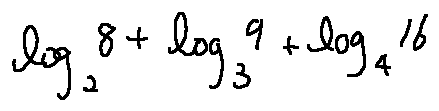
\log _ { 2 } 8 + \log _ { 3 } 9 + \log _ { 4 } 1 6